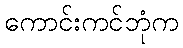
ကောင်းကင်ဘုံက